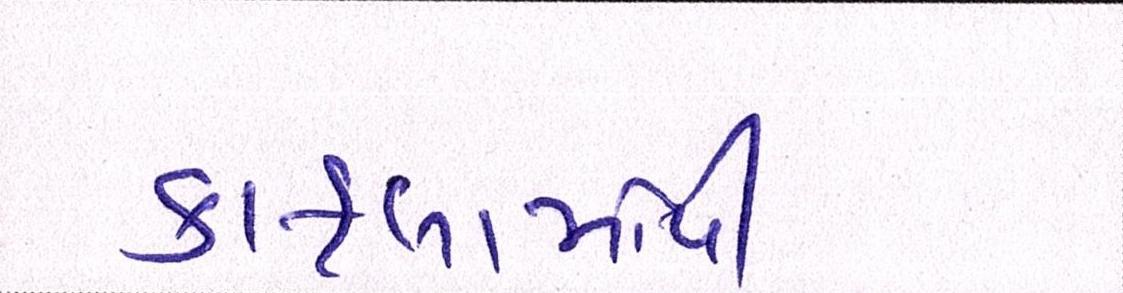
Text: કાફલામાંથી